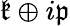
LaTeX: {\mathfrak{k}}\oplus i{\mathfrak{p}}